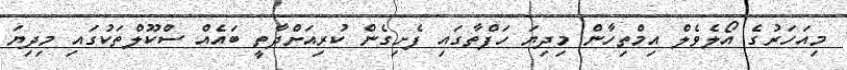
މިއަހަރުގެ އޯލެވެލް އިމްތިހާން މިދިޔަ ހަފްތާގައި ފެށިގެން ކުރިއަށްދާތީ ބައެއް ސްކޫލްތަކުގައި މިދިޔަ